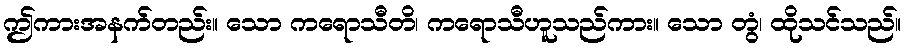
ဤကားအနက်တည်း။ သော ကရောသီတိ၊ ကရောသီဟူသည်ကား။ သော တွံ၊ ထိုသင်သည်။